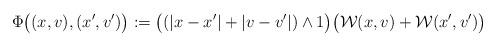
LaTeX: \begin{align*}\Phi\big((x,v),(x',v')\big):=\big((|x-x'|+|v-v'|)\wedge 1\big)\big(\mathcal W(x,v)+\mathcal W(x',v')\big)\end{align*}